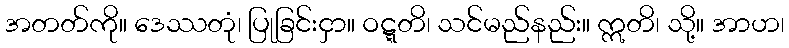
အတတ်ကို။ ဒေဿတုံ၊ ပြုခြင်းငှာ။ ဝဋ္ဋတိ၊ သင်မည်နည်း။ ဣတိ၊ သို့။ အာဟ၊